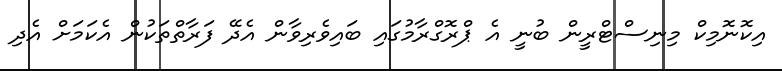
އިކޮނޮމިކް މިނިސްޓްރީން ބުނީ އެ ޕްރޮގްރާމުގައި ބައިވެރިވާން އެދޭ ފަރާތްތަކުން އެކަމަށް އެދި